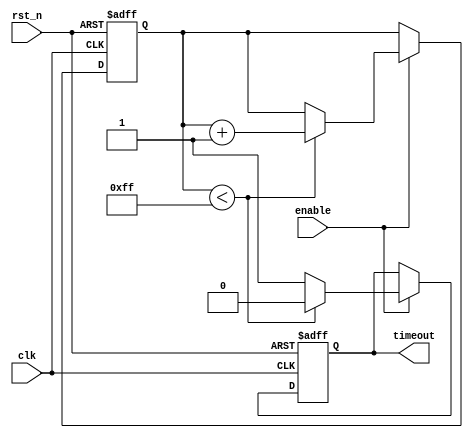
module timeout_counter #(
    parameter COUNTER_WIDTH = 8,   // Define the width of the counter
    parameter TIMEOUT_VALUE = 255   // Define the time-out value
)(
    input wire clk,                 // Clock input
    input wire rst_n,               // Asynchronous reset (active low)
    input wire enable,              // Enable signal
    output reg timeout              // Time-out output signal
);

    // Counter register
    reg [COUNTER_WIDTH-1:0] counter;

    // Asynchronous reset and counter logic
    always @(posedge clk or negedge rst_n) begin
        if (!rst_n) begin
            counter <= 0;             // Reset the counter to zero
            timeout <= 0;             // Clear the time-out signal
        end else if (enable) begin
            // Increment counter when enabled
            if (counter < TIMEOUT_VALUE) begin
                counter <= counter + 1;
                timeout <= 0;          // Clear timeout output during counting
            end else begin
                timeout <= 1;          // Assert timeout signal when limit reached
            end
        end
    end

endmodule